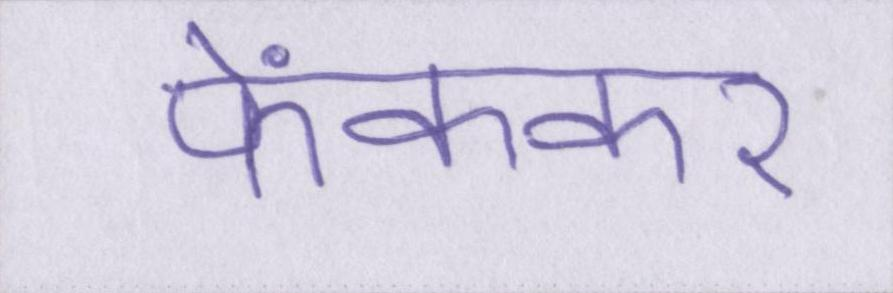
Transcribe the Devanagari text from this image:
फेंककर